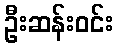
ဦးဆန်းဝင်း